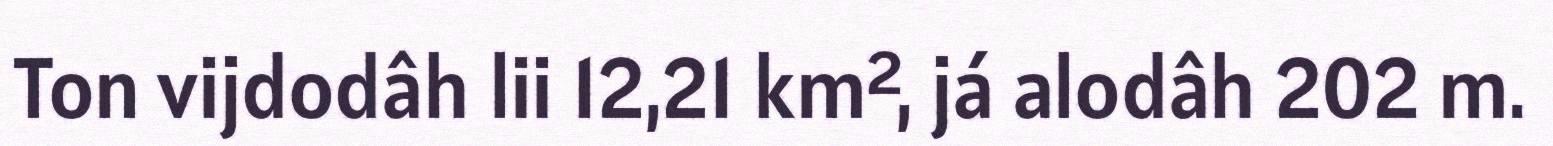
Ton vijdodâh lii 12,21 km², já alodâh 202 m.